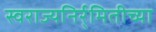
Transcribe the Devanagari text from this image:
स्वराज्यनिर्र्मितीच्या